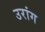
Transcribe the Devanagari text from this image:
उरांग